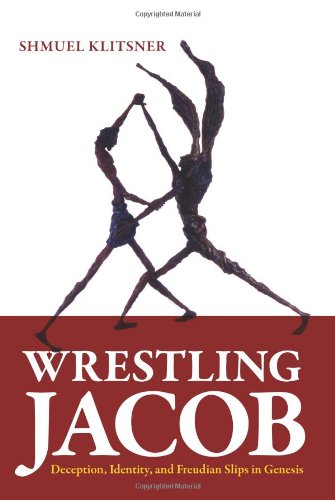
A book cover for Wrestling Jacob: Deception, Identity, and Freudian Slips in Genesis; Shmuel Klitsner; Religion & Spirituality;